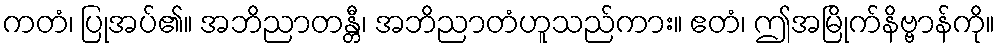
ကတံ၊ ပြုအပ်၏။ အဘိညာတန္တီ၊ အဘိညာတံဟူသည်ကား။ ဧတံ၊ ဤအမြိုက်နိဗ္ဗာန်ကို။